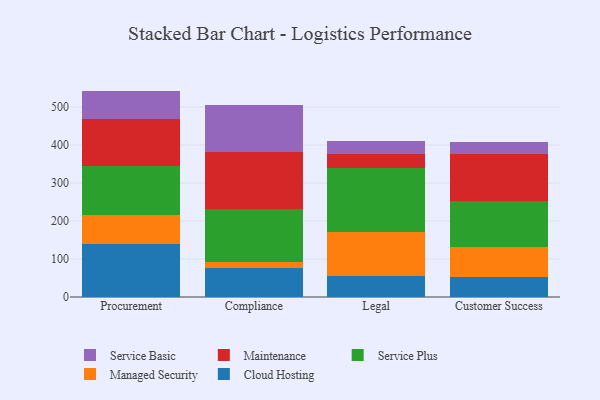
{"axis": {"x": "Department", "y": "Energy Usage (MWh)"}, "legend": ["Cloud Hosting", "Maintenance", "Managed Security", "Service Basic", "Service Plus"], "data": [{"x": "Procurement", "y": 139.5, "type": "Cloud Hosting"}, {"x": "Procurement", "y": 76.1, "type": "Managed Security"}, {"x": "Procurement", "y": 129.4, "type": "Service Plus"}, {"x": "Procurement", "y": 124.9, "type": "Maintenance"}, {"x": "Procurement", "y": 72.9, "type": "Service Basic"}, {"x": "Compliance", "y": 76.2, "type": "Cloud Hosting"}, {"x": "Compliance", "y": 15.2, "type": "Managed Security"}, {"x": "Compliance", "y": 139.7, "type": "Service Plus"}, {"x": "Compliance", "y": 150.5, "type": "Maintenance"}, {"x": "Compliance", "y": 123.8, "type": "Service Basic"}, {"x": "Legal", "y": 54.5, "type": "Cloud Hosting"}, {"x": "Legal", "y": 116.6, "type": "Managed Security"}, {"x": "Legal", "y": 168.4, "type": "Service Plus"}, {"x": "Legal", "y": 36.5, "type": "Maintenance"}, {"x": "Legal", "y": 35.8, "type": "Service Basic"}, {"x": "Customer Success", "y": 53.5, "type": "Cloud Hosting"}, {"x": "Customer Success", "y": 78.5, "type": "Managed Security"}, {"x": "Customer Success", "y": 120.0, "type": "Service Plus"}, {"x": "Customer Success", "y": 125.4, "type": "Maintenance"}, {"x": "Customer Success", "y": 31.4, "type": "Service Basic"}]}